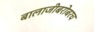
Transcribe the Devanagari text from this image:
बालाजीबरोबरच